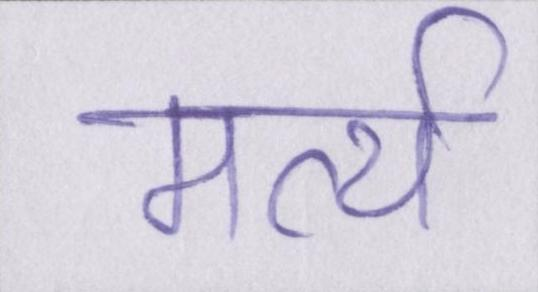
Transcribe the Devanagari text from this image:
मर्त्य